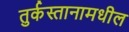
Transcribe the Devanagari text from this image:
तुर्कस्तानामधील